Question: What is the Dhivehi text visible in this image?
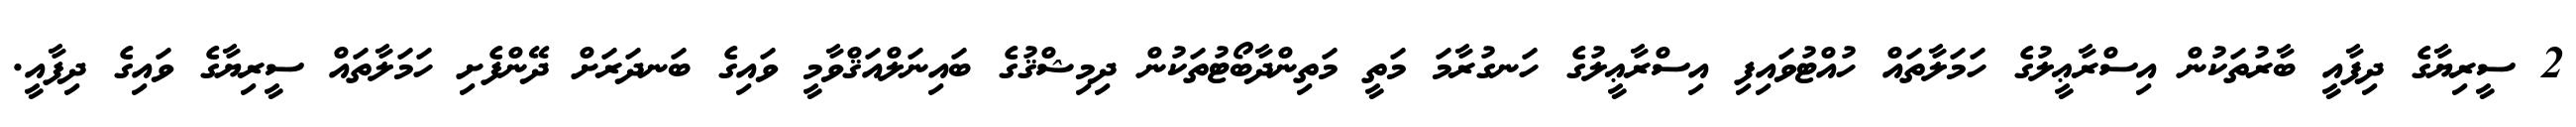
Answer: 2 ސީރިޔާގެ ދިފާއީ ބާރުތަކުން އިސްރާޢީލުގެ ހަމަލާތައް ހުއްޓުވައިފި އިސްރާޢީލުގެ ހަނގުރާމަ މަތީ މަތިންދާބޯޓުތަކުން ދިމިޝްޤުގެ ބައިނަލްއަޤްވާމީ ވައިގެ ބަނދަރަށް ދޭންފެށި ހަމަލާތައް ސީރިޔާގެ ވައިގެ ދިފާއީ.